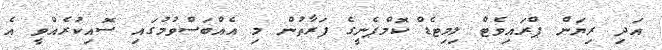
އަދި ރިޔަން ޕްރައިވެޓް ލިމިޓެޑް ކޮމްޕެނީގެ ފަރާތުން މި އެއްބަސްވުމުގައި ސޮއިކުރެއްވީ އެ